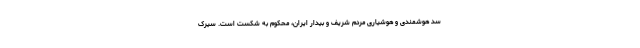
سد هوشمندی و هوشیاری مردم شریف و بیدار ایران، محکوم به شکست است. سیرک